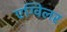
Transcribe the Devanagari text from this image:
एग्विलर